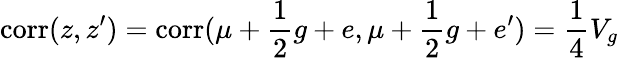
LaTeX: \mathrm{corr}(z,z^{\prime})=\mathrm{corr}(\mu+{\frac{1}{2}}g+e,\mu+{\frac{1}{2}}g+e^{\prime})={\frac{1}{4}}V_{g}